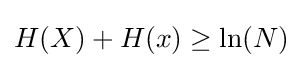
H(X)+H(x)\geq \ln(N)